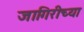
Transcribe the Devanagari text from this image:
जागिरीच्या